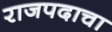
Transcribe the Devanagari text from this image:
राजपदाचा